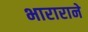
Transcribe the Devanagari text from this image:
भाराराने